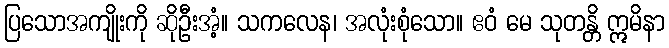
ပြသောအကျိုးကို ဆိုဦးအံ့။ သကလေန၊ အလုံးစုံသော။ ဧဝံ မေ သုတန္တိ ဣမိနာ